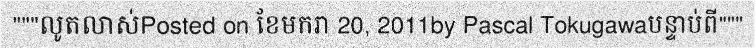
"""លូតលាស់Posted on ខែមករា 20, 2011by Pascal Tokugawaបន្ទាប់ពី"""